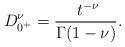
LaTeX: \begin{align*}D^\nu_{0^+} = \frac{ \ t^{-\nu}}{\Gamma(1-\nu)}.\end{align*}